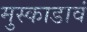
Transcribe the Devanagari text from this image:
मुस्काडावं